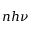
n h \nu